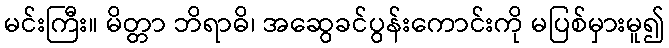
မင်းကြီး။ မိတ္တာ ဘိရာဓိ၊ အဆွေခင်ပွန်းကောင်းကို မပြစ်မှားမူ၍